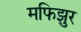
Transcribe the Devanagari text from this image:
मफिझुर